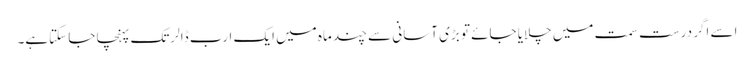
اسے اگر درست سمت میں چلایا جائے تو بڑی آسانی سے چند ماہ میں ایک ارب ڈالرتک پہنچا جا سکتاہے۔